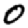
Digit: 0